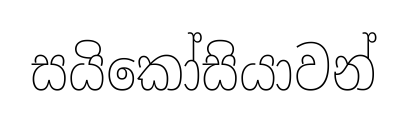
සයිකෝසියාවන්